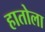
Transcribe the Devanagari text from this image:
हातोला